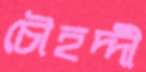
চৌহদ্দী